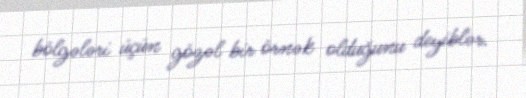
bölgələri üçün gözəl bir örnək olduğunu deyiblər.